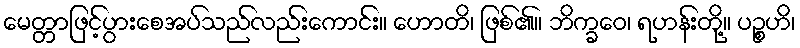
မေတ္တာဖြင့်ပွားစေအပ်သည်လည်းကောင်း။ ဟောတိ၊ ဖြစ်၏။ ဘိက္ခဝေ၊ ရဟန်းတို့။ ပဉ္စဟိ၊